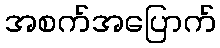
အစက်အပြောက်